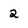
Character: 2